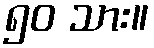
၅၀ သား။